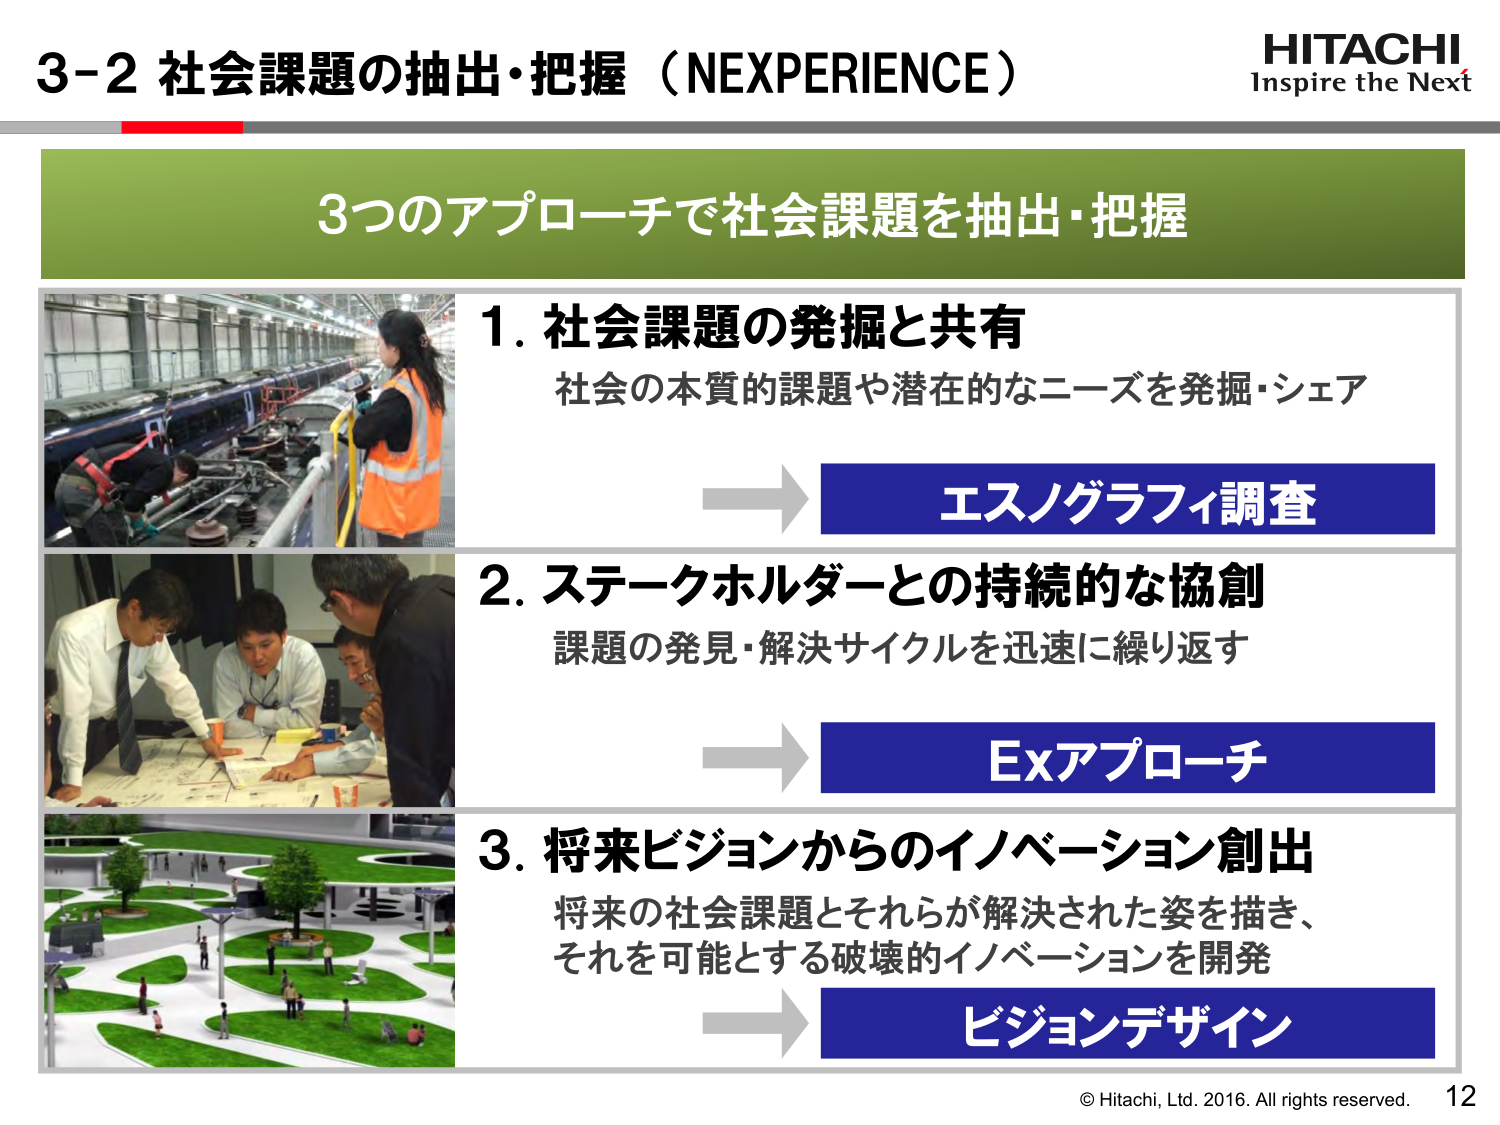
3-2 社会課題の抽出・把握（NEXPERIENCE）

HITACHI
Inspire the Next

3つのアプローチで社会課題を抽出・把握

1. 社会課題の発掘と共有
社会の本質的課題や潜在的なニーズを発掘・シェア
→ エスノグラフィ調査

2. ステークホルダーとの持続的な協創
課題の発見・解決サイクルを迅速に繰り返す
→ Exアプローチ

3. 将来ビジョンからのイノベーション創出
将来の社会課題とそれらが解決された姿を描き、
それを可能とする破壊的イノベーションを開発
→ ビジョンデザイン

© Hitachi, Ltd. 2016. All rights reserved.
12